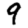
Digit: 9